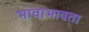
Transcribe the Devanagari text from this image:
भावाभावता